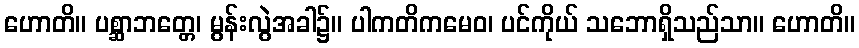
ဟောတိ။ ပစ္ဆာဘတ္တေ၊ မွန်းလွဲအခါ၌။ ပါကတိကမေဝ၊ ပင်ကိုယ် သဘောရှိသည်သာ။ ဟောတိ။